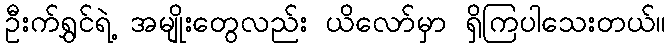
ဦးက်ရွှင်ရဲ့ အမျိုးတွေလည်း ယိလော်မှာ ရှိကြပါသေးတယ်။